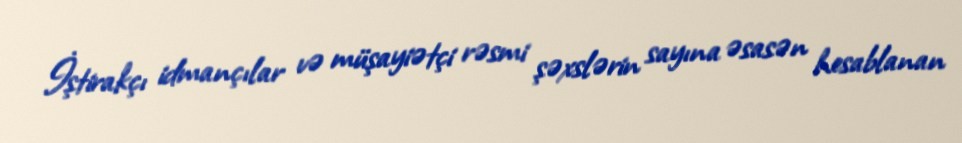
İştirakçı idmançılar və müşayiətçi rəsmi şəxslərin sayına əsasən hesablanan